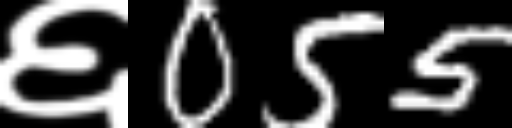
Text: ६055